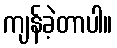
ကျန်ခဲ့တာပါ။